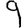
Digit: 9